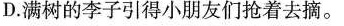
D.满树的李子引得小朋友们抢着去摘。